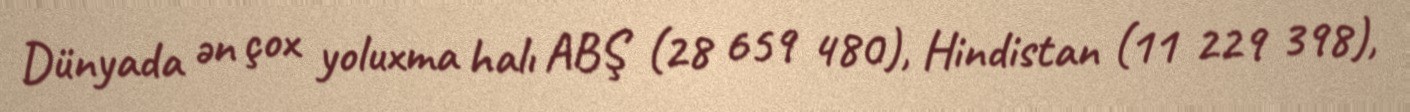
Dünyada ən çox yoluxma halı ABŞ (28 659 480), Hindistan (11 229 398),